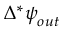
\Delta ^ { * } \boldsymbol { \psi } _ { o u t }